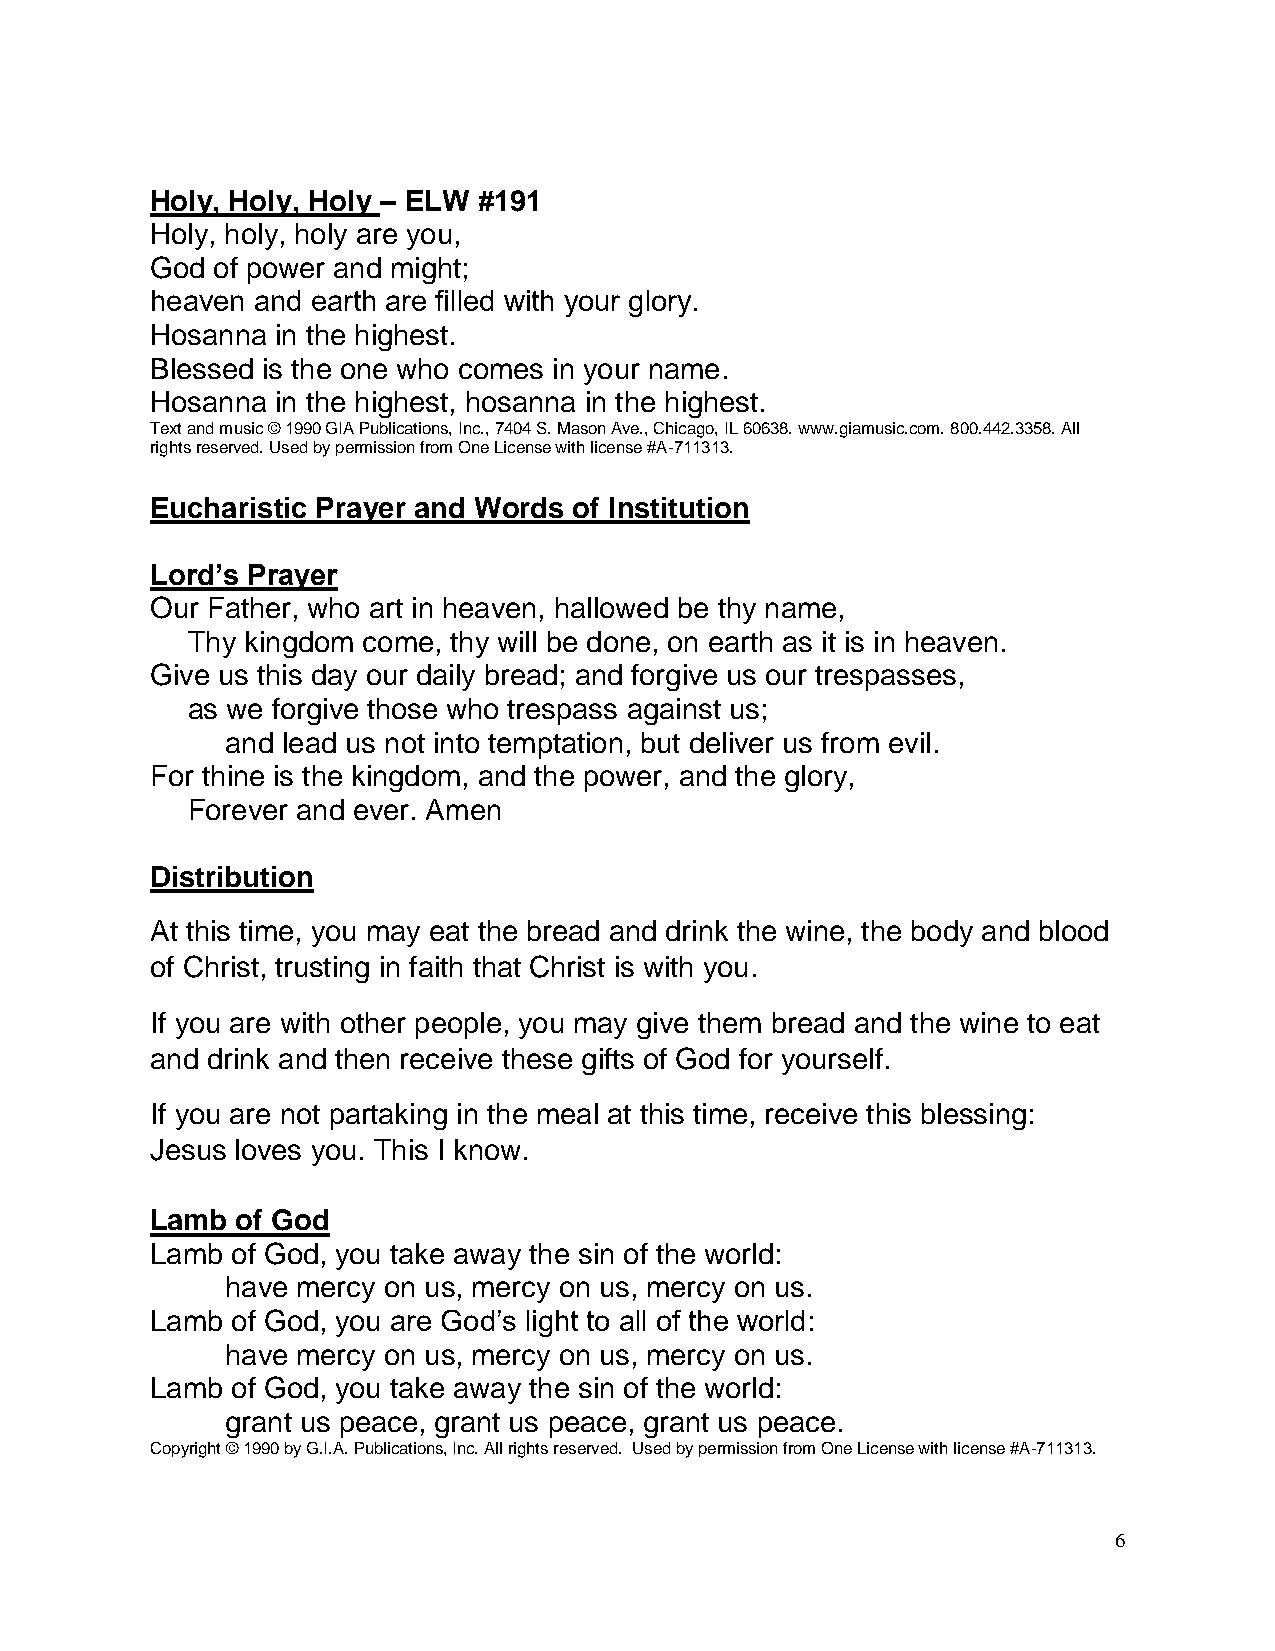
Holy, Holy, Holy – ELW #191
 Holy, holy, holy are you,
 God of power and might;
 heaven and earth are filled with your glory.
 Hosanna in the highest.
 Blessed is the one who comes in your name.
 Hosanna in the highest, hosanna in the highest.
 Text and music © 1990 GIA Publications, Inc., 7404 S. Mason Ave., Chicago, IL 60638. www.giamusic.com. 800.442.3358. All
 rights reserved. Used by permission from One License with license #A-711313.
 Eucharistic Prayer and Words of Institution
 Lord’s Prayer
 Our Father, who art in heaven, hallowed be thy name,
 Thy kingdom come, thy will be done, on earth as it is in heaven.
 Give us this day our daily bread; and forgive us our trespasses,
 as we forgive those who trespass against us;
 and lead us not into temptation, but deliver us from evil.
 For thine is the kingdom, and the power, and the glory,
 Forever and ever. Amen
 Distribution
 At this time, you may eat the bread and drink the wine, the body and blood
 of Christ, trusting in faith that Christ is with you.
 If you are with other people, you may give them bread and the wine to eat
 and drink and then receive these gifts of God for yourself.
 If you are not partaking in the meal at this time, receive this blessing:
 Jesus loves you. This I know.
 Lamb  of God
 Lamb of God, you take away the sin of the world:
 have mercy on us, mercy on us, mercy on us.
 Lamb of God, you are God’s light to all of the world:
 have mercy on us, mercy on us, mercy on us.
 Lamb of God, you take away the sin of the world:
 grant us peace, grant us peace, grant us peace.
 Copyright © 1990 by G.I.A. Publications, Inc. All rights reserved. Used by permission from One License with license #A-711313.
 6